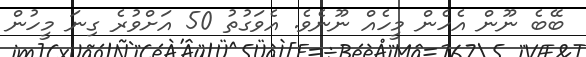
ބޭބެ ނޫން އެހެން މީހެއް ނޫނެވެ. އެވަގުތު 50 އަށްވުރެ ގިނަ މީހުން